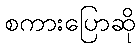
စကားပြောဆို